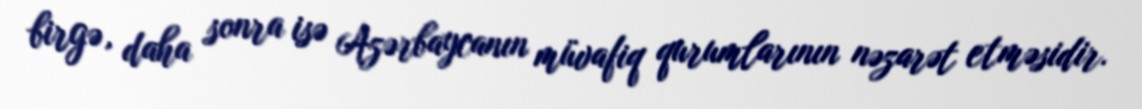
birgə, daha sonra isə Azərbaycanın müvafiq qurumlarının nəzarət etməsidir.